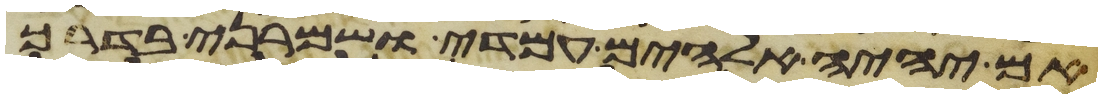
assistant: אם יהיה אלהים עמדי ושמרני בדרך